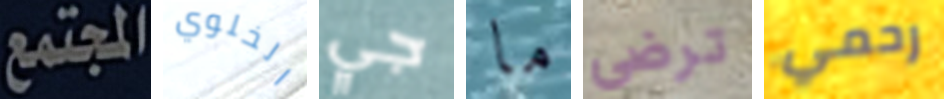
المجتمع الخلوي جي ما ترضى رحمي